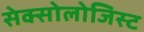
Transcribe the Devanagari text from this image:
सेक्सोलोजिस्ट